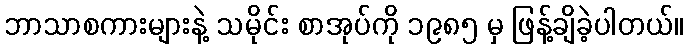
ဘာသာစကားများနဲ့ သမိုင်း စာအုပ်ကို ၁၉၈၅ မှ ဖြန့်ချိခဲ့ပါတယ်။